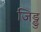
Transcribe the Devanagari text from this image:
जिड्डु